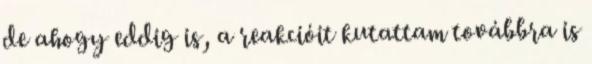
de ahogy eddig is, a reakcióit kutattam továbbra is